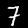
Digit: 7